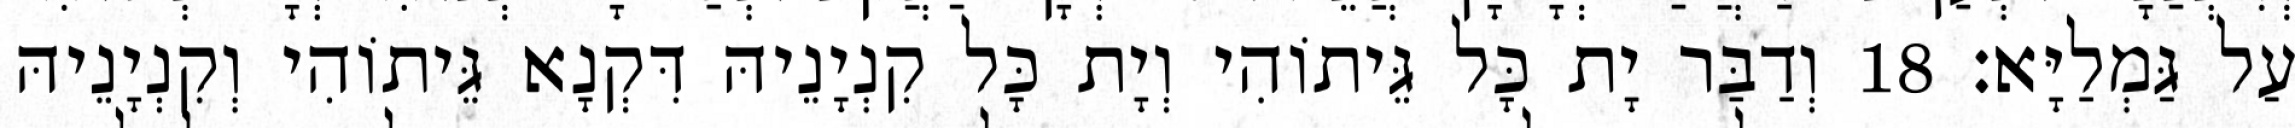
עַל גַּמְלַיָּא׃ 18 וְדַבַּר יָת כָּל גֵּיתוֹהִי וְיָת כָּל קִנְיָנֵיהּ דִּקְנָא גֵּיתוֹהִי וְקִנְיָנֵיהּ